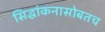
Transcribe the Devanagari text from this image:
सिद्धांकनासोबतच